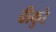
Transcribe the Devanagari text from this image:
ढीकुरे